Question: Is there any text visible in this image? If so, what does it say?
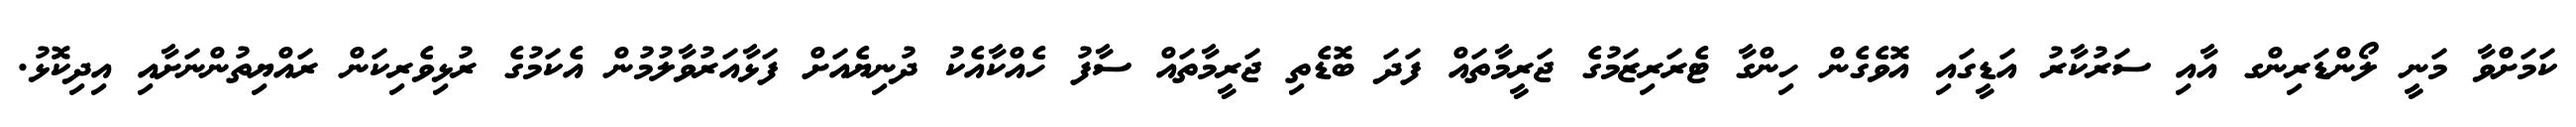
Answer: ކަމަށްވާ މަނީ ލޯންޑަރިންގ އާއި ސަރުކާރު އަޑީގައި އޮވެގެން ހިންގާ ޓެރަރިޒަމުގެ ޖަރީމާތައް ފަދަ ބޮޑެތި ޖަރީމާތައް ސާފު ހެއްކާއެކު ދުނިޔެއަށް ފަޅާއަރުވާލުމުން އެކަމުގެ ރުޅިވެރިކަން ރައްޔިތުންނަށާއި އިދިކޮޅު.